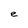
Character: e